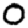
Digit: 0